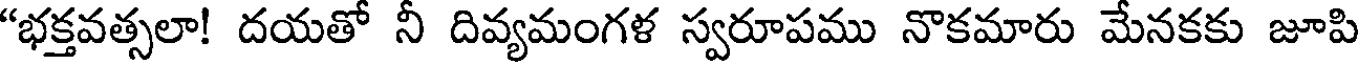
"భక్తవత్సలా! దయతో నీ దివ్యమంగళ స్వరూపము నొకమారు మేనకకు జూపి